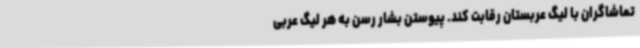
تماشاگران با لیگ عربستان رقابت کند. پیوستن بشار رسن به هر لیگ عربی